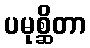
ပမုစ္ဆိတာ